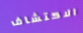
الاكتشاف